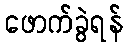
ဖောက်ခွဲရန်